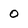
Character: O